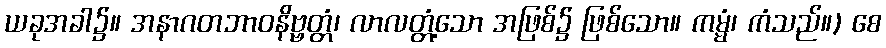
ယခုအခါ၌။ အနာဂတဘာဝနိဗ္ဗတ္တံ၊ လာလတ္တံ့သော အဖြစ်၌ ဖြစ်သော။ ကမ္မံ၊ ကံသည်။) စေ